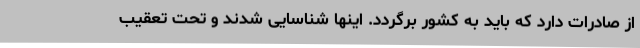
از صادرات دارد که باید به کشور برگردد. اینها شناسایی شدند و تحت تعقیب